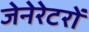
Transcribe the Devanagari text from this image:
जेनेरेटरों